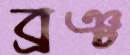
ব্রঞ্চ